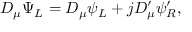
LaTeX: { \cal D } _ { \mu } \Psi _ { L } = D _ { \mu } \psi _ { L } + j D _ { \mu } ^ { \prime } \psi _ { R } ^ { \prime } ,